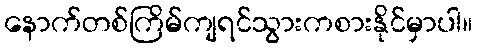
နောက်တစ်ကြိမ်ကျရင်သွားကစားနိုင်မှာပါ။